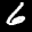
Label: 6